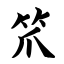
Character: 笊